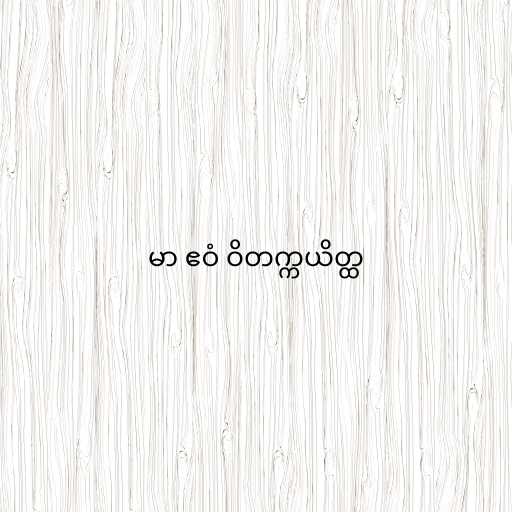
မာ ဧဝံ ဝိတက္ကယိတ္ထ